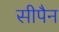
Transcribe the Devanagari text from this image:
सीपैन